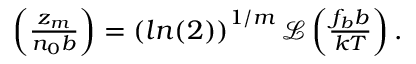
\begin{array} { r } { \left( \frac { z _ { m } } { n _ { 0 } b } \right) = \left( l n ( 2 ) \right) ^ { 1 / m } \mathcal { L } \left( \frac { f _ { b } b } { k T } \right) . } \end{array}